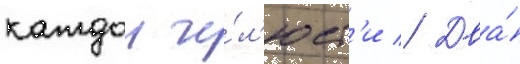
каждои че́л'юст'и // Два́